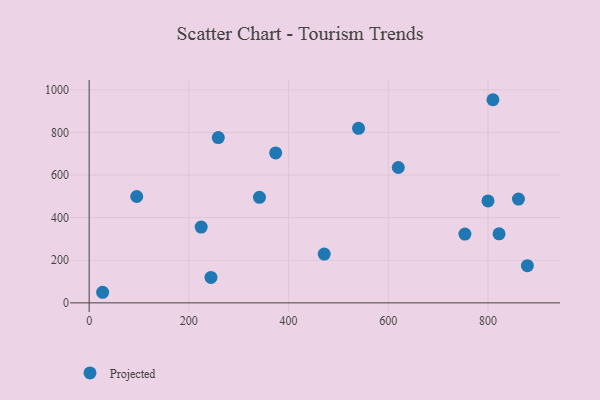
{"axis": {"x": "Study Hours", "y": "Profit"}, "legend": ["Projected"], "data": [{"x": "244.3", "y": 119.2, "type": "Projected"}, {"x": "95.4", "y": 499.1, "type": "Projected"}, {"x": "753.7", "y": 322.9, "type": "Projected"}, {"x": "809.9", "y": 953.4, "type": "Projected"}, {"x": "224.7", "y": 355.5, "type": "Projected"}, {"x": "800.0", "y": 478.3, "type": "Projected"}, {"x": "540.3", "y": 819.3, "type": "Projected"}, {"x": "861.1", "y": 487.2, "type": "Projected"}, {"x": "822.2", "y": 324.1, "type": "Projected"}, {"x": "341.6", "y": 495.3, "type": "Projected"}, {"x": "620.1", "y": 635.4, "type": "Projected"}, {"x": "471.5", "y": 228.8, "type": "Projected"}, {"x": "27.0", "y": 49.7, "type": "Projected"}, {"x": "879.0", "y": 174.5, "type": "Projected"}, {"x": "259.0", "y": 775.7, "type": "Projected"}, {"x": "374.1", "y": 703.9, "type": "Projected"}]}